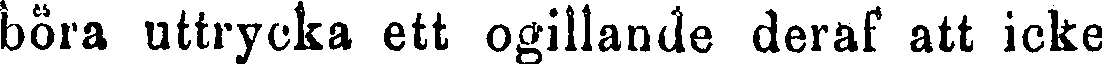
böra uttrycka ett ogillande deraf att icke